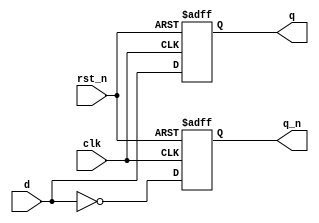
// This program was cloned from: https://github.com/TinyTapeout/tt-multiplexer
// License: Apache License 2.0

/*
 * tt_prim_dfrbp.v
 *
 * TT Primitive
 * FF with positive edge clock, inverted reset, complementary outputs
 *
 * Copyright (c) 2023 Sylvain Munaut <tnt@246tNt.com>
 * SPDX-License-Identifier: Apache-2.0
 */

`default_nettype none

module tt_prim_dfrbp (
	input  wire d,
	output reg  q,
	output reg  q_n,
	input  wire clk,
	input  wire rst_n
);

	always @(posedge clk or negedge rst_n)
		if (~rst_n) begin
			q   <= 1'b0;
			q_n <= 1'b1;
		end else begin
			q   <=  d;
			q_n <= ~d;
		end

endmodule // tt_prim_dfrbp